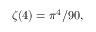
\zeta ( 4 ) = \pi ^ { 4 } / 9 0 ,